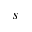
s